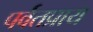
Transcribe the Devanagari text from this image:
पर्वतप्राय